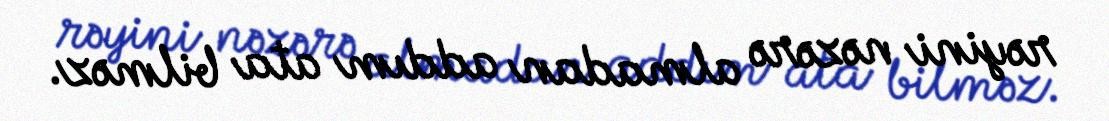
rəyini nəzərə almadan addım ata bilməz.